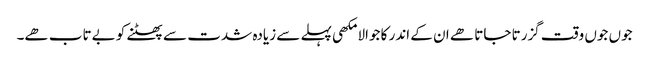
جوں جوں وقت گزرتا جاتا ھے ان کے اندر کا جوالا مکھی پہلے سے زیادہ شدت سے پھٹنے کو بےتاب ھے۔